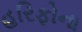
હરિફોના